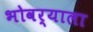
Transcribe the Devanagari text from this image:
भोवर्‍याला